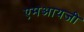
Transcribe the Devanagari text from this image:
एमआयजी